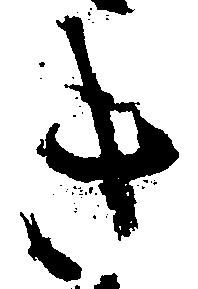
き